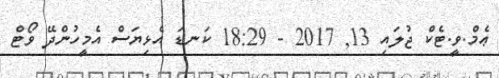
ޢެމް.ވީ.ޓެކް ޖުލައި 13